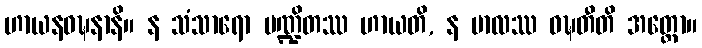
ဟာယနဝဍ္ဎနာနိ။ န သံသာရော ပဏ္ဍိတဿ ဟာယတိ, န ဗာလဿ ဝဍ္ဎတီတိ အတ္ထော။